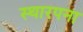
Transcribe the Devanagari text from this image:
स्थारपना